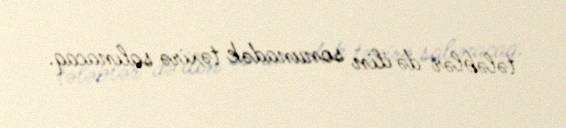
tələblər də ilin sonunadək təxirə salınacaq.